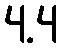
4.4